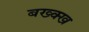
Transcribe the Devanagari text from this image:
बख्क्ख